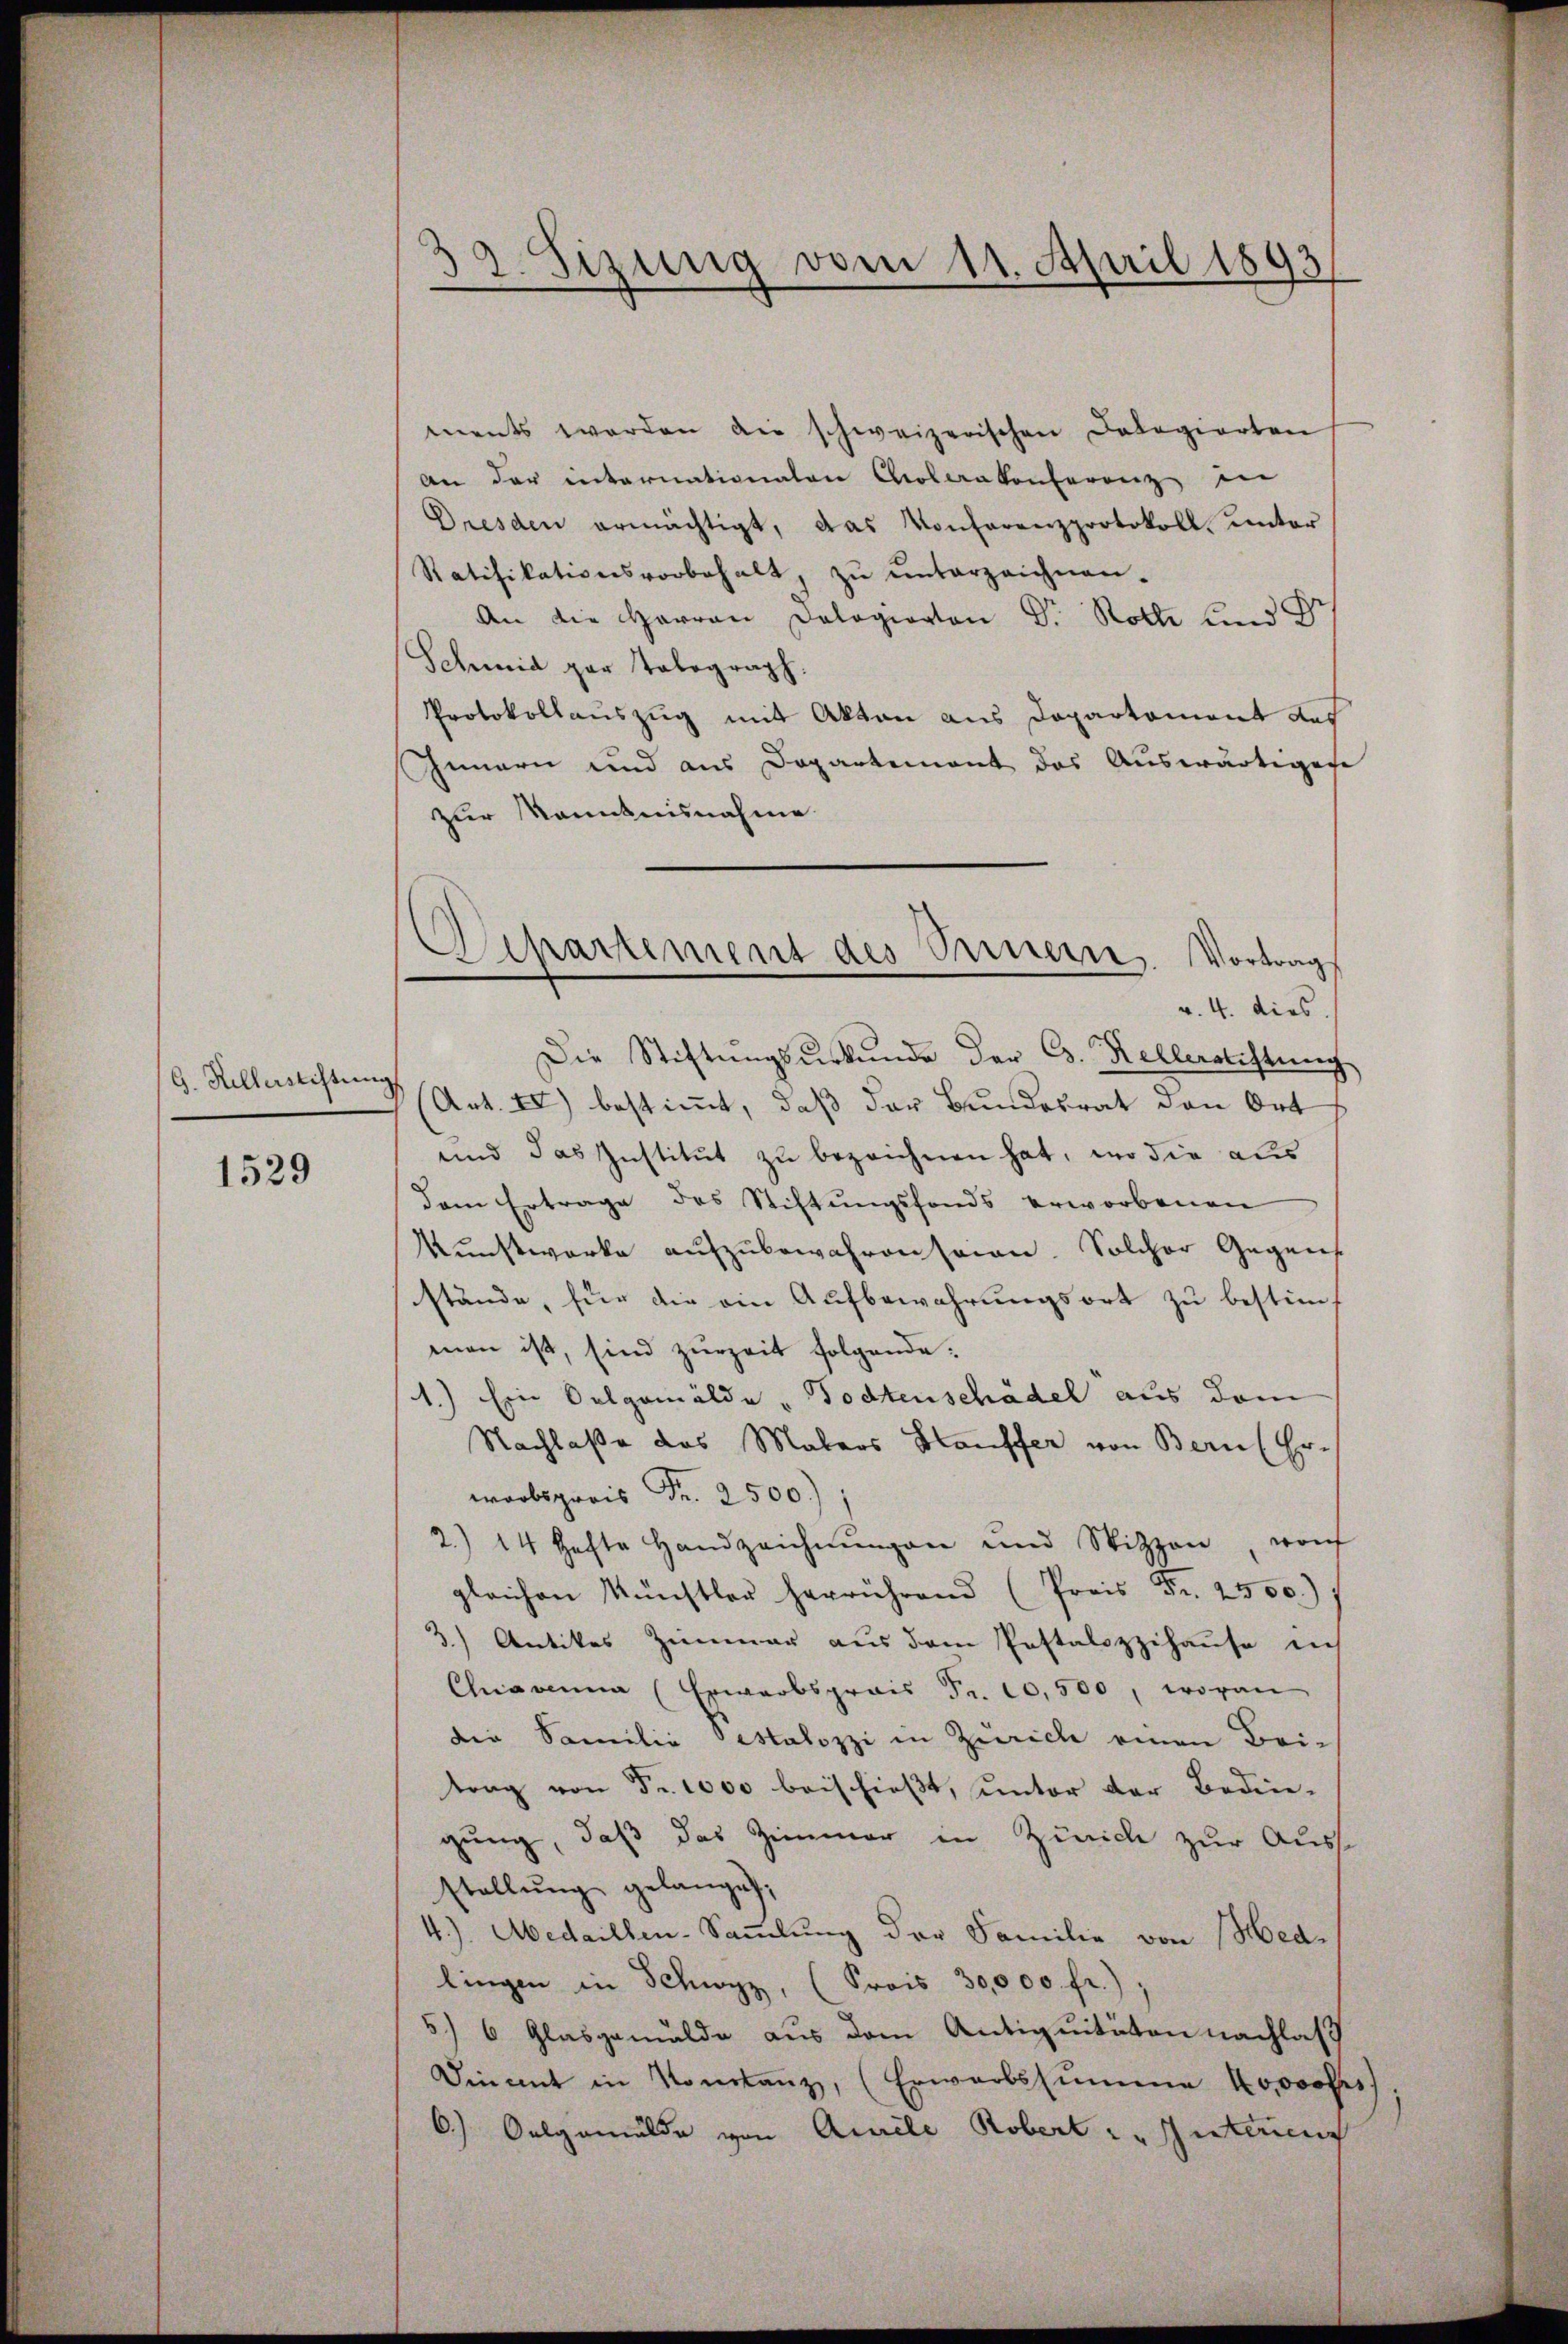
G. Hillerstiftung

1529

38. Sizung vom 11. April 1893

ments werden die schweizerischen Delegierten
an der internationalen Colerakonferenz di
Dresden ermächtigt, das Konferenzprotokoll. unter
Ratifikationsvorbehalt, zŭ ŭnterzeichnen.
An die Herren Dologierten Dr Rotte und d
Schmid gar Talograph.
Protokollauszug mit Akten aus Departement aus
Innern und aus Departement das Auswärtigen
zur Kenntnisnahme.
Die Stiftungsurkunde der C. Kellerstiftung
Art. II) bestimmt, daß der Bundesrat den Ort
und das Institut zu bezeichnen hat, wo die aus
dem Ertrage des Stiftŭngsfonds erworbenen
Kunstwerke aufzubewahren seien. Solcher Gegens
stände, für die ein Aufbewahrungsort zu bestimman ist, sind zurzeit folgende:
1.) Ein Oelgemälde „Todtenschädel aus dem
Nachlaße das Malers Hauffer von Bern Er-
warbspreis Fr. 2500.)
2.) 14 hafte Handzeichnŭngen und Witzzen, wo
gleichen Künstler herrührend (Preis Fr. 2500.)
3.) Antikes Zimmer aus dem Pestalozzihause nich
Chiavanna (Erwarbsprais Fr. 10,500, wovon
die Familie Gestalozzi in Zürich einen Bei-
trag von Fr. 1000 beischießt, unter der Bedin-
gung, daß das Zimmer in Zürich zur Auss
stellŭng gelanget,
4.) Abedaillen-Sammlung der Familie von (Hedlingen in Schwyz, (Prois 30,000 fr.)
5) 6 Glasgemälde aus dem Antiquitäten nachlas
Dinamt in Konstanz, (Erwartssumme kooooss,
6) Oelgemälde von Amele Robert u. Interen

Departement des Seinern. Vortrag
v. 4. dies